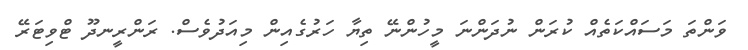
ވަންތަ މަސައްކަތެއް ކުރަން ނުދަންނަ މީހުންނޭ ތިޔާ ހަރުގެއިން މިއަދުވެސް. ރަންރީނދޫ ޓްވިޓަރޭ